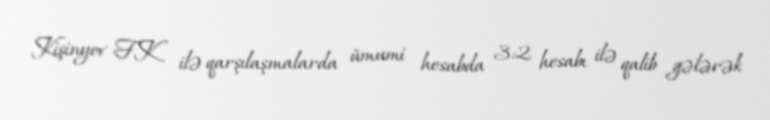
Kişinyov FK ilə qarşılaşmalarda ümumi hesabda 3:2 hesabı ilə qalib gələrək